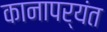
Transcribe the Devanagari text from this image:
कानापर्यंत